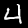
Digit: 4